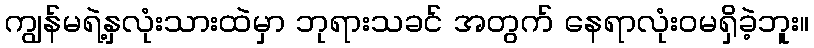
ကျွန်မရဲ့နှလုံးသားထဲမှာ ဘုရားသခင် အတွက် နေရာလုံးဝမရှိခဲ့ဘူး။